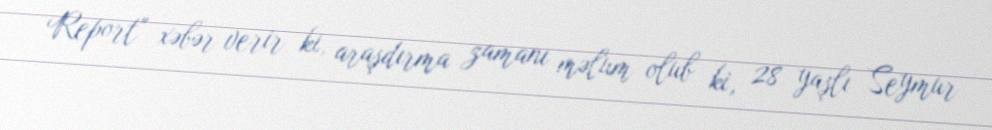
Report" xəbər verir ki, araşdırma zamanı məlum olub ki, 28 yaşlı Seymur